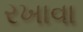
રખાવા